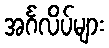
အင်္ဂလိပ်များ